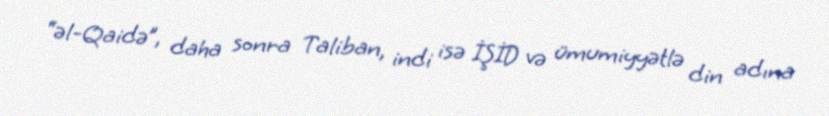
“əl-Qaidə”, daha sonra Taliban, indi isə İŞİD və ümumiyyətlə din adına